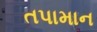
તપામાન